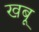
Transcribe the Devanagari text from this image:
खबू